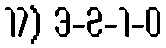
17) 3-2-1-0